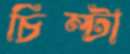
চিম্‌টা